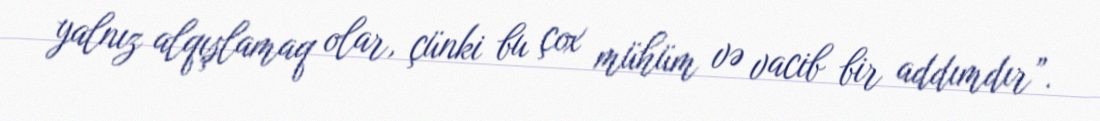
yalnız alqışlamaq olar, çünki bu çox mühüm və vacib bir addımdır”.